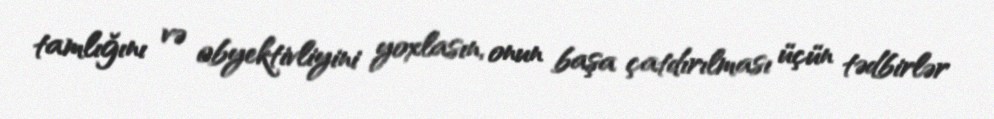
tamlığını və obyektivliyini yoxlasın, onun başa çatdırılması üçün tədbirlər